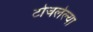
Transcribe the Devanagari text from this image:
टोचलेल्या